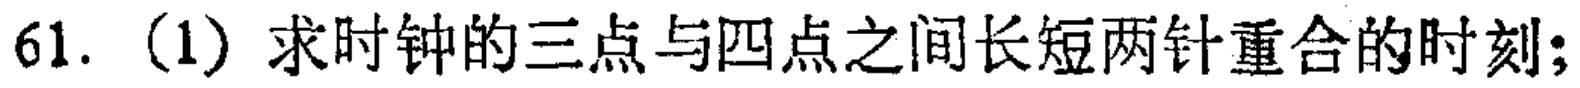
61. (1) 求时钟的三点与四点之间长短两针重合的时刻;